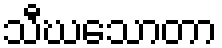
သီဃသောတာ